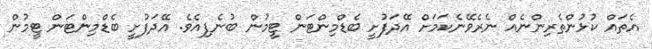
އެތައް ކުޅުންތެރިންނެއް ނެރެވޭނެކަމަށް އޭދަފުށީ ބެޑްމިންޓަން ޓީމުން ބުނެފިއެވެ. އޭދަފުށީ ބެޑްމިންޓަން ޓީމުން